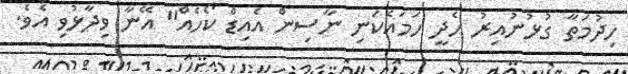
ހިދުމަތާ ގުޅުނުއިރު ހެދީ ހަމައެކަނި ނާސިން އެއިޑް ކޯހެއް" އޭނާ ވިދާޅުވި އެވެ.